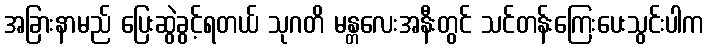
အခြားနာမည် ပြေးဆွဲခွင့်ရတယ် သုဂတိ မန္တလေးအနီးတွင် သင်တန်းကြေးပေးသွင်းပါက